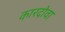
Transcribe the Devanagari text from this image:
कारदोवा